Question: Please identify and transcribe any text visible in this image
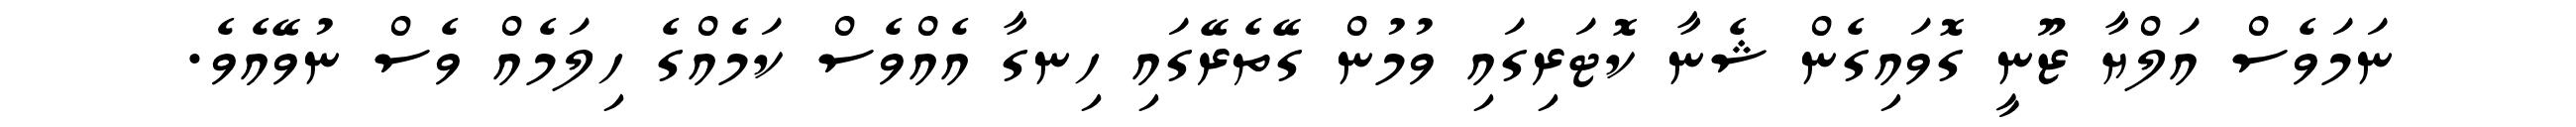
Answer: ނަމަވެސް އަލްޔާ ޒޫނީ ގޮވައިގެން ޝެނާ ކޮޓަރިގައި ވުމުން ގޭތެރޭގައި ހިނގާ އެއްވެސް ކަމެއްގެ ހިލަމެއް ވެސް ނުވޭއެވެ.